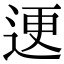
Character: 䢚